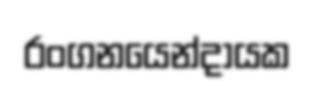
රංගනයෙන්දායක